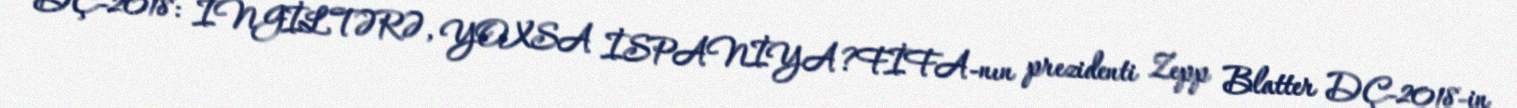
DÇ-2018: İNGİLTƏRƏ, YOXSA İSPANİYA?FİFA-nın prezidenti Zepp Blatter DÇ-2018-in